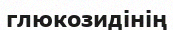
глюкозидінің